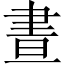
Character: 晝